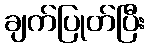
ချက်ပြုတ်ပြီး